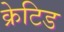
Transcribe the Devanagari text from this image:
क्रेटिड